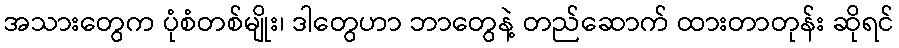
အသားတွေက ပုံစံတစ်မျိုး၊ ဒါတွေဟာ ဘာတွေနဲ့ တည်ဆောက် ထားတာတုန်း ဆိုရင်